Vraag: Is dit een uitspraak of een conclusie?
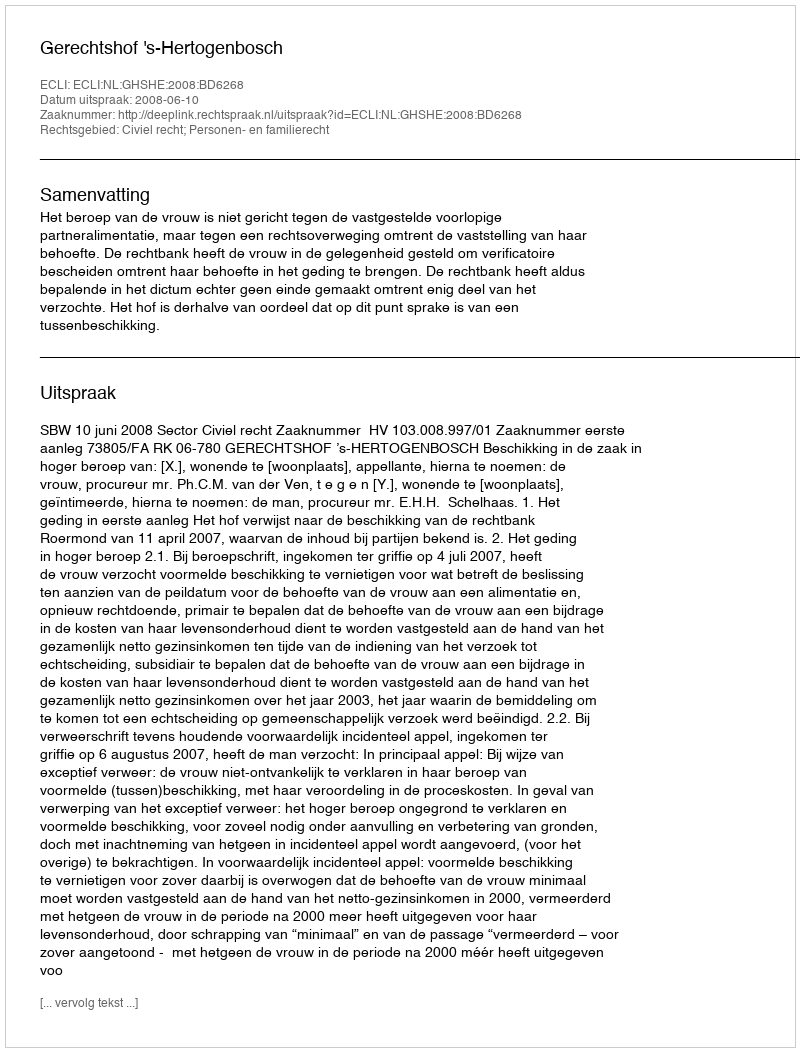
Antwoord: Uitspraak